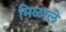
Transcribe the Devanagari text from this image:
मिळाले़